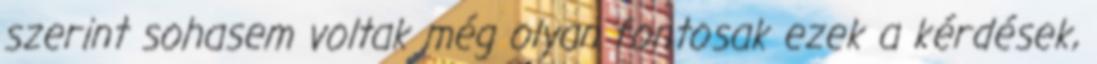
szerint sohasem voltak még olyan fontosak ezek a kérdések,